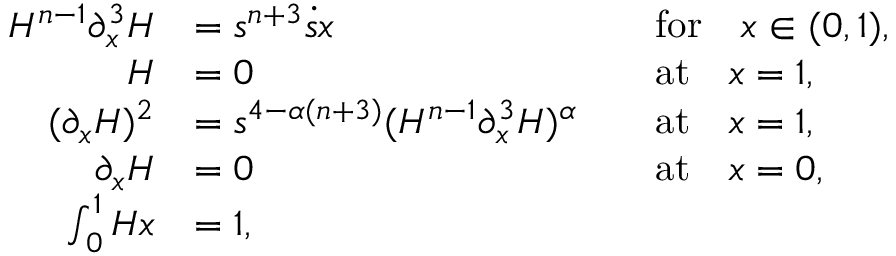
\begin{array} { r l r l } { H ^ { n - 1 } \partial _ { x } ^ { 3 } H } & { = s ^ { n + 3 } \dot { s } x } & & { \mathrm { f o r } \quad x \in ( 0 , 1 ) , } \\ { H } & { = 0 } & & { \mathrm { a t } \quad x = 1 , } \\ { ( \partial _ { x } H ) ^ { 2 } } & { = s ^ { 4 - \alpha ( n + 3 ) } ( H ^ { n - 1 } \partial _ { x } ^ { 3 } H ) ^ { \alpha } } & & { \mathrm { a t } \quad x = 1 , } \\ { \partial _ { x } H } & { = 0 } & & { \mathrm { a t } \quad x = 0 , } \\ { \int _ { 0 } ^ { 1 } H \d x } & { = 1 , } & & { } \end{array}